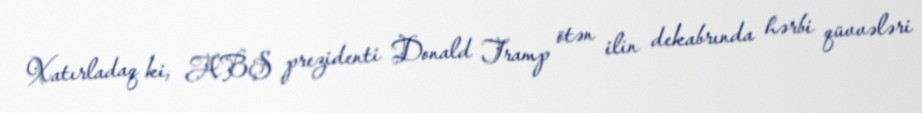
Xatırladaq ki, ABŞ prezidenti Donald Tramp ötən ilin dekabrında hərbi qüvvələri